Manual of the Civil Veterinary Department, Central Provinces and Berar
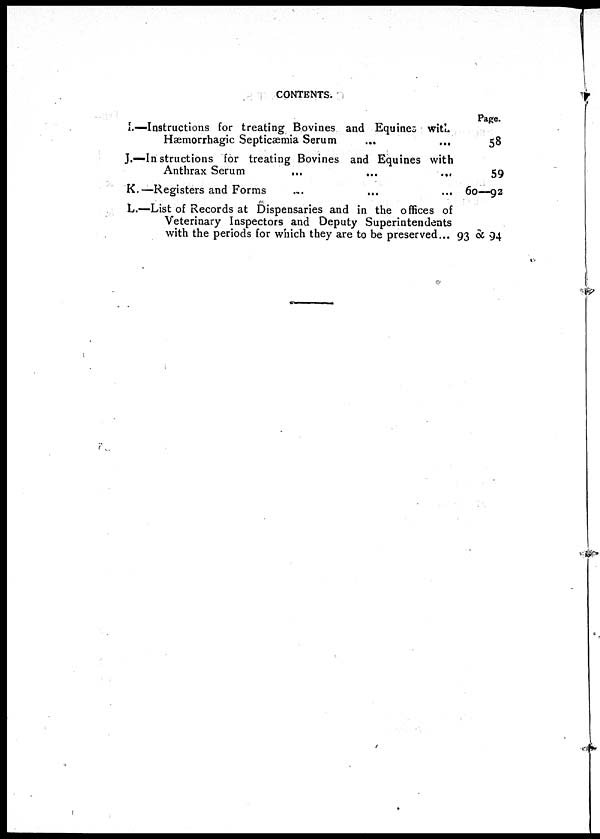
CONTENTS.
I.—Instructions for treating Bovines and Equines with
Hæmorrhagic Septicæmia Serum ... ...
J.—Instructions for treating Bovines and Equines with
Anthrax Serum ... ... ...
K.—Registers and Forms ... ... ...
L.—List of Records at Dispensaries and in the offices of
Veterinary Inspectors and Deputy Superintendents
with the periods for which they are to be preserved ...
Page.
58
59
60—92
93 & 94